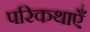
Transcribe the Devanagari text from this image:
परिकथाएँ